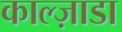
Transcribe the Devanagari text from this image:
काल्ज़ाडा